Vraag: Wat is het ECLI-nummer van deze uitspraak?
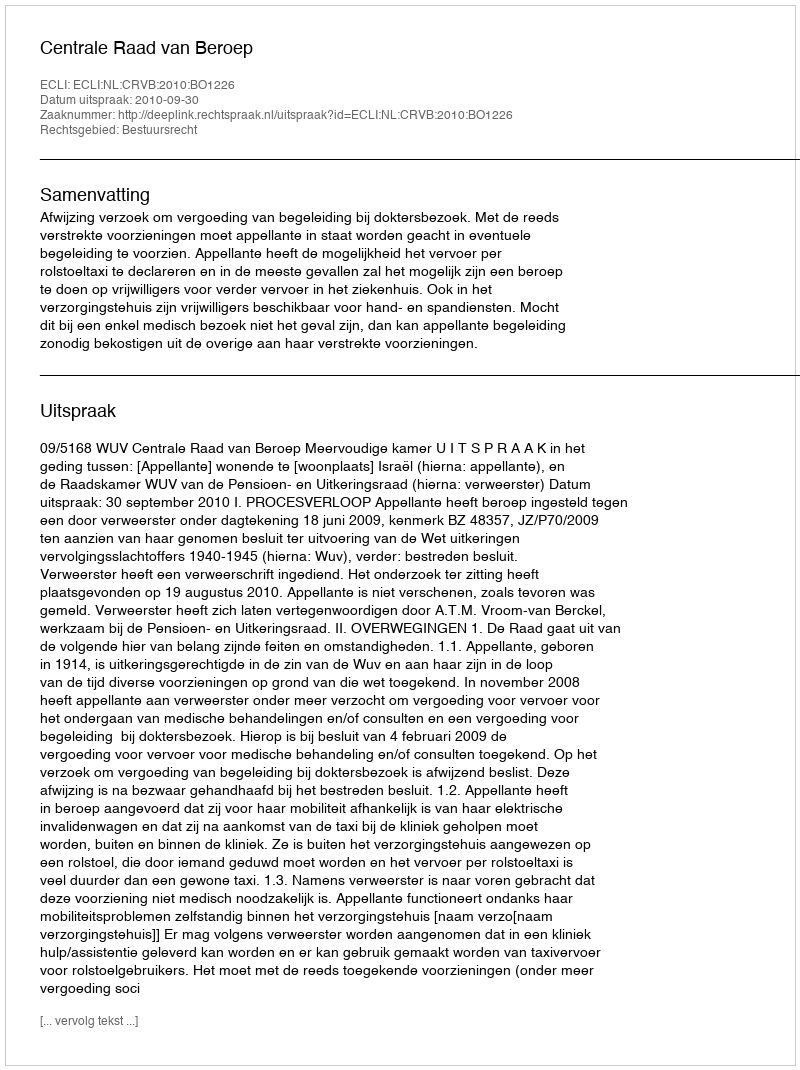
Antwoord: ECLI:NL:CRVB:2010:BO1226